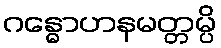
ဂန္ဓောဟနမတ္တမ္ပိ